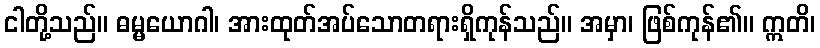
ငါတို့သည်။ ဓမ္မယောဂါ၊ အားထုတ်အပ်သောတရားရှိကုန်သည်။ အမှာ၊ ဖြစ်ကုန်၏။ ဣတိ၊